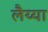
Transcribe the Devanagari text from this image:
लैय्या